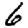
Digit: 6